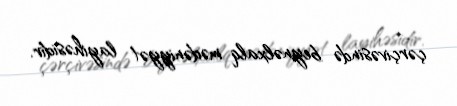
çərçivəsində beynəlxalq mədəniyyət layihəsidir.